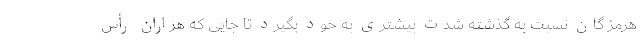
هرمز گان نسبت به گذشته شدت بیشتری به خود بگیرد تا جایی که هزاران رأس